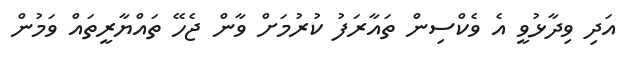
އަދި ވިދާޅުވީ އެ ވެކްސިން ތައާރަފު ކުރުމަށް ވާން ޖެހޭ ތައްޔާރީތައް ވަމުން